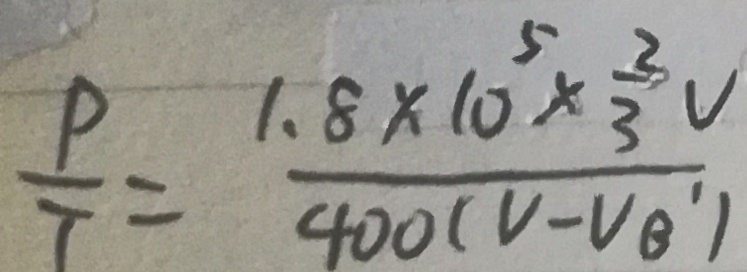
\frac { P } { T } = \frac { 1 . 8 \times 1 0 ^ { 5 } \times \frac { 2 } { 3 } V } { 4 0 0 ( V - V _ { B ^ { \prime } } ) }